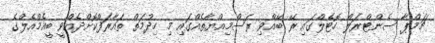
ޗަމްޕާ ސެންޓްރަލް ހޮޓެލްގައި ރޭ ބޭއްވި ރަސްމިއްޔާތެއްގައި މި ހިދުމަތް ތައާރަފްކޮށްދެއްވީ ބީއެމްއެލްގެ